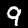
Label: 9